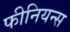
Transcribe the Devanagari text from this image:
फीनियन्स